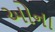
ઓના